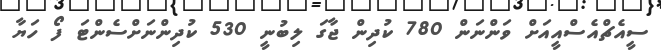
ސީއެޗްއެސްއީއަށް ވަންނަން 780 ކުދިން ޖާގަ ލިބުނީ 530 ކުދިންނަށްސެންޓަ ފޯ ހަޔާ